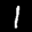
Label: 1